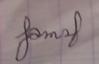
Signature authenticity: forged